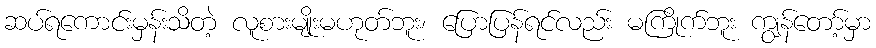
ဆပ်ရကောင်းမှန်းသိတဲ့ လူစားမျိုးမဟုတ်ဘူး၊ ပြောပြန်ရင်လည်း မကြိုက်ဘူး ကျွန်တော့်မှာ